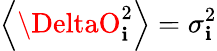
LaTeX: \left\langle\DeltaO_{\mathbf{i}}^{2}\right\rangle=\sigma_{\mathbf{i}}^{2}